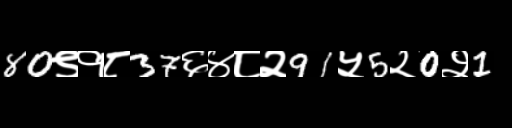
Text: 80९१८37६४८२91५5२0२1